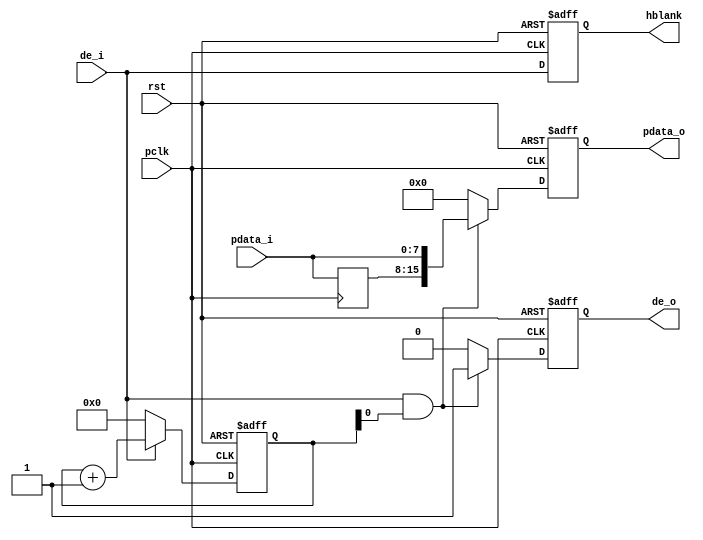
module cmos_8_16bit(
	input rst,
	input pclk,
	input [7:0] pdata_i,
	input de_i,
	
	output reg[15:0] pdata_o,
	output reg hblank,
	output reg de_o
);
reg[7:0] pdata_i_d0;
reg[7:0] pdata_i_d1;
reg de_i_d0;
reg[11:0] x_cnt;
always@(posedge pclk)
begin
	de_i_d0 <= de_i;
	pdata_i_d0 <= pdata_i;
	pdata_i_d1 <= pdata_i_d0;
end

always@(posedge pclk or posedge rst)
begin
	if(rst)
		x_cnt <= 12'd0;
	else if(de_i)
		x_cnt <= x_cnt + 12'd1;
	else
		x_cnt <= 12'd0;
end

always@(posedge pclk or posedge rst)
begin
	if(rst)
		de_o <= 1'b0;
	else if(de_i && x_cnt[0])
		de_o <= 1'b1;
	else
		de_o <= 1'b0;
end

always@(posedge pclk or posedge rst)
begin
	if(rst)
		hblank <= 1'b0;
	else
		hblank <= de_i;
end

always@(posedge pclk or posedge rst)
begin
	if(rst)
		pdata_o <= 16'd0;
	else if(de_i && x_cnt[0])
		pdata_o <= {pdata_i_d0,pdata_i};
	else
		pdata_o <= 16'd0;
end

endmodule